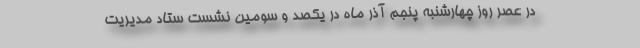
در عصر روز چهارشنبه پنجم آذر ماه در یکصد و سومین نشست ستاد مدیریت